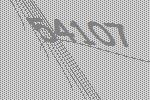
54107